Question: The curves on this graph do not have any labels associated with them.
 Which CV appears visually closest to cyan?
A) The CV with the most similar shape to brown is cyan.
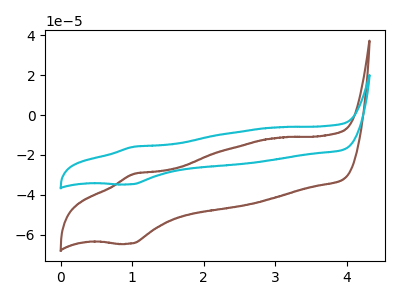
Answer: <think>The brown curve "brown" has an anodic peak at (1.00V, -29.50uA) and a cathodic peak at (1.00V, -64.40uA). The cyan curve "cyan" has an anodic peak at (1.00V, -15.90uA) and a cathodic peak at (1.00V, -34.70uA).
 All the peaks in "brown" have a peak in "cyan" at the same potential.</think>
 <answer>A) The CV with the most similar shape to "brown" is "cyan".</answer>
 <eval>A</eval>